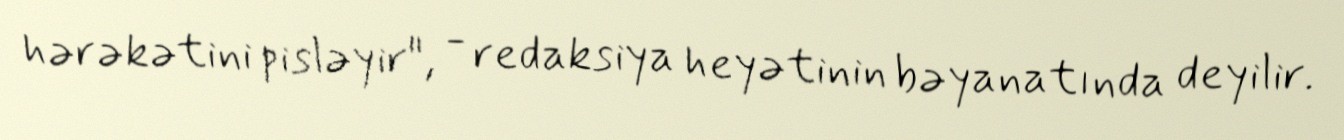
hərəkətini pisləyir", - redaksiya heyətinin bəyanatında deyilir.